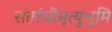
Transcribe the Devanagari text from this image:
संतांचीमृत्युभूमि